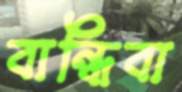
বান্ধিবা